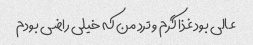
عالی بود غذا گرم و ترد من که خیلی راضی بودم